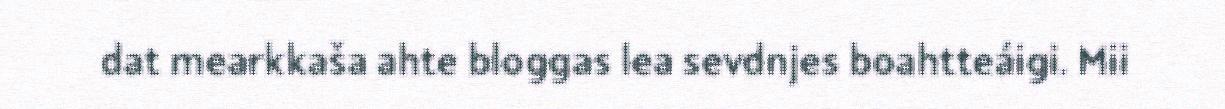
dat mearkkaša ahte bloggas lea sevdnjes boahtteáigi. Mii